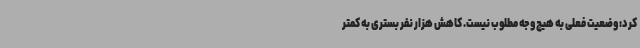
کرد: وضعیت فعلی به هیچ وجه مطلوب نیست. کاهش هزار نفر بستری به کمتر